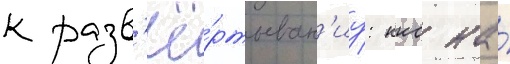
к разв'ё́ртыван'иу: ккс на́